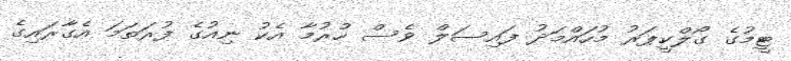
ޓީމުގެ ގޯލްކީޕަރު މުހައްމަދު ފައިސަލް ވެސް ހުރުމާ އެކު ނިއުގެ ފުރަތަމަ އެގާރައިގެ